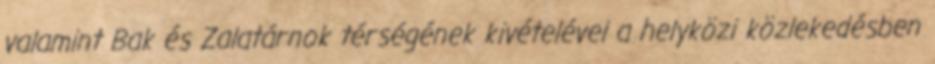
valamint Bak és Zalatárnok térségének kivételével a helyközi közlekedésben